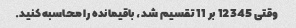
وقتی 12345 بر 11 تقسیم شد، باقیمانده را محاسبه کنید.